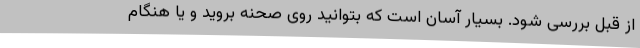
از قبل بررسی شود. بسیار آسان است که بتوانید روی صحنه بروید و یا هنگام